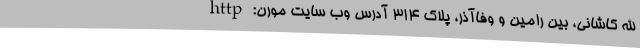
الله کاشانی، بین رامین و وفاآذر، پلاک 314 آدرس وب سایت مورن: http